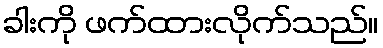
ခါးကို ဖက်ထားလိုက်သည်။